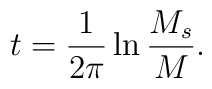
t = \frac{1}{2\pi} \ln \frac{M_s}{M}.